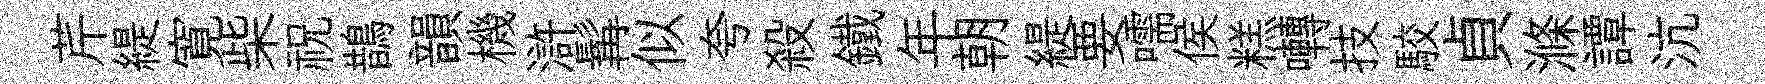
芹緹寛柴祝鵲韻機滸髯似夸殺鐵年朝緹要嚅侯糕囀技駮貞滌譚沆